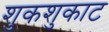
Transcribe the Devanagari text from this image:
शुकशुकाट